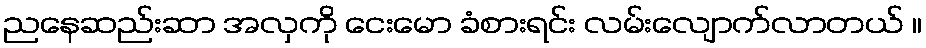
ညနေဆည်းဆာ အလှကို ငေးမော ခံစားရင်း လမ်းလျောက်လာတယ် ။